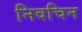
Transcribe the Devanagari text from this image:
निवचिन